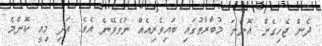
ދެން ޖެހިގެން އޮންނަ މުބާރާތުގައި ބައިވެރިއެއް ނުވެވޭނެ އެވެ. އަދި މިއީ ކޮންމެ